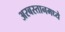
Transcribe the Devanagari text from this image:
अरबस्तानमध्ये